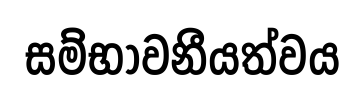
සම්භාවනීයත්වය